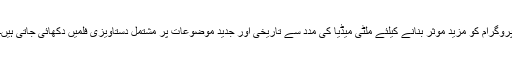
پروگرام کو مزید موثر بنانے کیلئے ملٹی میڈیا کی مدد سے تاریخی اور جدید موضوعات پر مشتمل دستاویزی فلمیں دکھائی جاتی ہیں۔